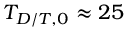
T _ { D / T , 0 } \approx 2 5